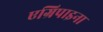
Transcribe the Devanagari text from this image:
एग्रिपाइना